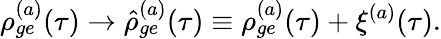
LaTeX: \rho_{ge}^{(a)}(\tau)\rightarrow\hat{\rho}_{ge}^{(a)}(\tau)\equiv\rho_{ge}^{(a)}(\tau)+\xi^{(a)}(\tau).